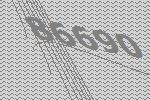
86690